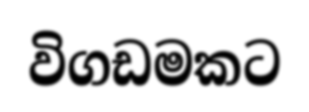
විගඩමකට